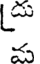
్